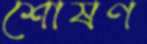
শোষণ